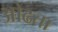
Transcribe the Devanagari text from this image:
ओढता